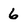
Character: 6